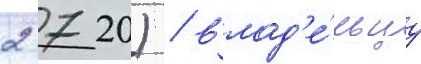
2 720) / влад'е́льцу